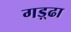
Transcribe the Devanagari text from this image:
गड़्ढा